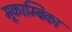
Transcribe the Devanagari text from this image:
मूकाम्‍बिका